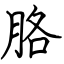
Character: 胳